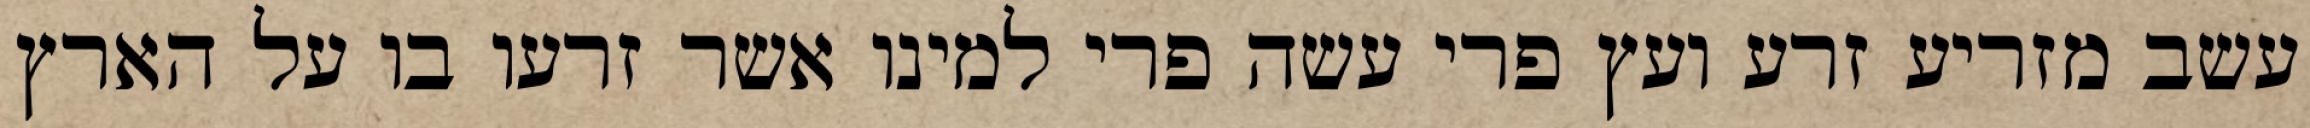
עשב מזריע זרע ועץ פרי עשה פרי למינו אשר זרעו בו על הארץ